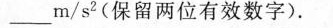
___m/s^{2}(保留两位有效数字)。